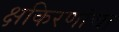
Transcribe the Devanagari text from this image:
क्षकिरणांचा